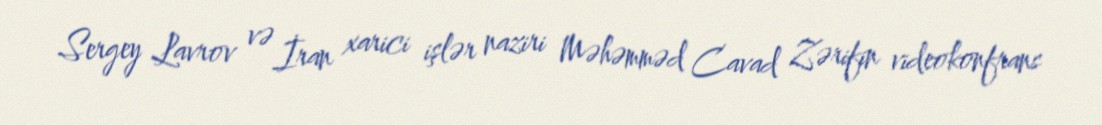
Sergey Lavrov və İran xarici işlər naziri Məhəmməd Cavad Zərifin videokonfrans